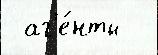
 аг'е́нты